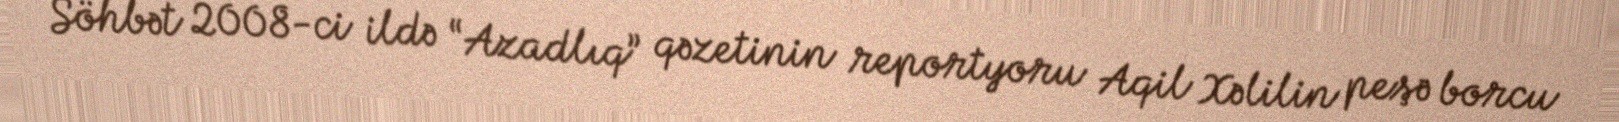
Söhbət 2008-ci ildə “Azadlıq” qəzetinin reportyoru Aqil Xəlilin peşə borcu